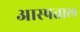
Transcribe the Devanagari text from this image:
आस्पताल